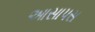
આસાપસ